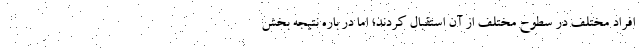
افراد مختلف در سطوح مختلف از آن استقبال کردند؛ اما در باره نتیجه بخش